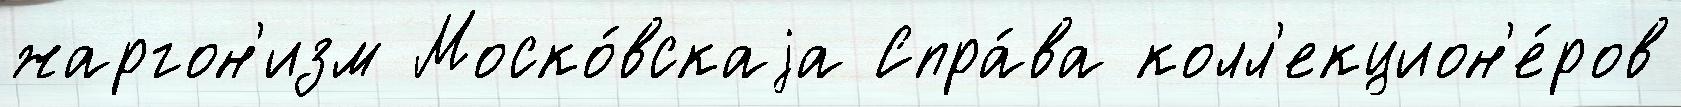
жаргон'изм Моско́вскаjа Спра́ва колл'екцион'е́ров